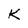
Character: K